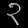
Digit: ၃